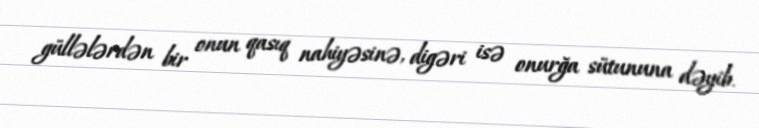
güllələrdən bir onun qasıq nahiyəsinə, digəri isə onurğa sütununa dəyib.